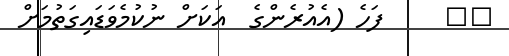
٨٨     ފަހެ (އެއުރެންގެ  އަކަށް ނުކުމެވަޑައިގަތުމަށް